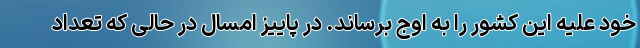
خود علیه این کشور را به اوج برساند. در پاییز امسال در حالی که تعداد